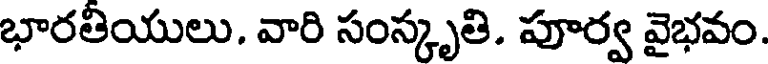
భారతియులు. వారి సంస్కృతి. పూర్వ వైభవం.